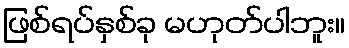
ဖြစ်ရပ်နှစ်ခု မဟုတ်ပါဘူး။